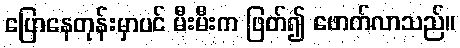
ပြောနေတုန်းမှာပင် မီးမီးက ဖြတ်၍ ဖောက်လာသည်။